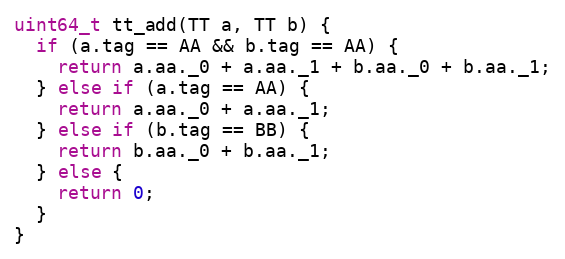
Language: C
uint64_t tt_add(TT a, TT b) {
  if (a.tag == AA && b.tag == AA) {
    return a.aa._0 + a.aa._1 + b.aa._0 + b.aa._1;
  } else if (a.tag == AA) {
    return a.aa._0 + a.aa._1;
  } else if (b.tag == BB) {
    return b.aa._0 + b.aa._1;
  } else {
    return 0;
  }
}